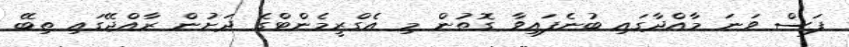
ފަސް ވަނަ މާއްދާގައި ބުނެފައިވާ ގޮތުން މި އެގްރީމެންޓްގެ ދަށުން ރާއްޖޭގައި ތިބޭ